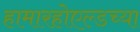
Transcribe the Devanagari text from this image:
हामारहोएल्डच्या